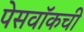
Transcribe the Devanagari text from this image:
पेसवॉकची